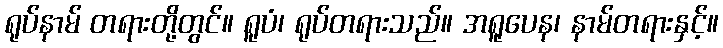
ရုပ်နာမ် တရားတို့တွင်။ ရူပံ၊ ရုပ်တရားသည်။ အရူပေန၊ နာမ်တရားနှင့်။